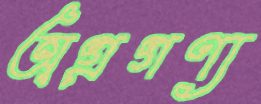
অগ্রগণ্য